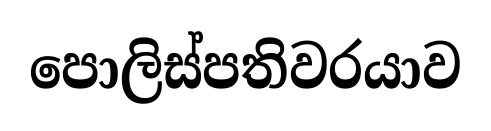
පොලිස්පතිවරයාව